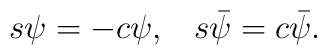
\matrix{s\psi=-c\psi,&s\bar\psi=c\bar\psi.}